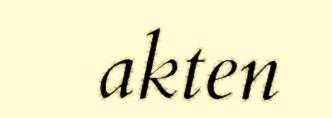
akten